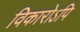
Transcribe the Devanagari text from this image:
विकारोऽपि